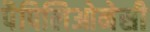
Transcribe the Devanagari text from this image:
पैपिलिओनेसी